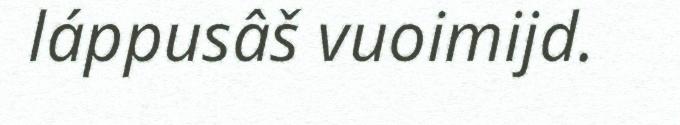
láppusâš vuoimijd.